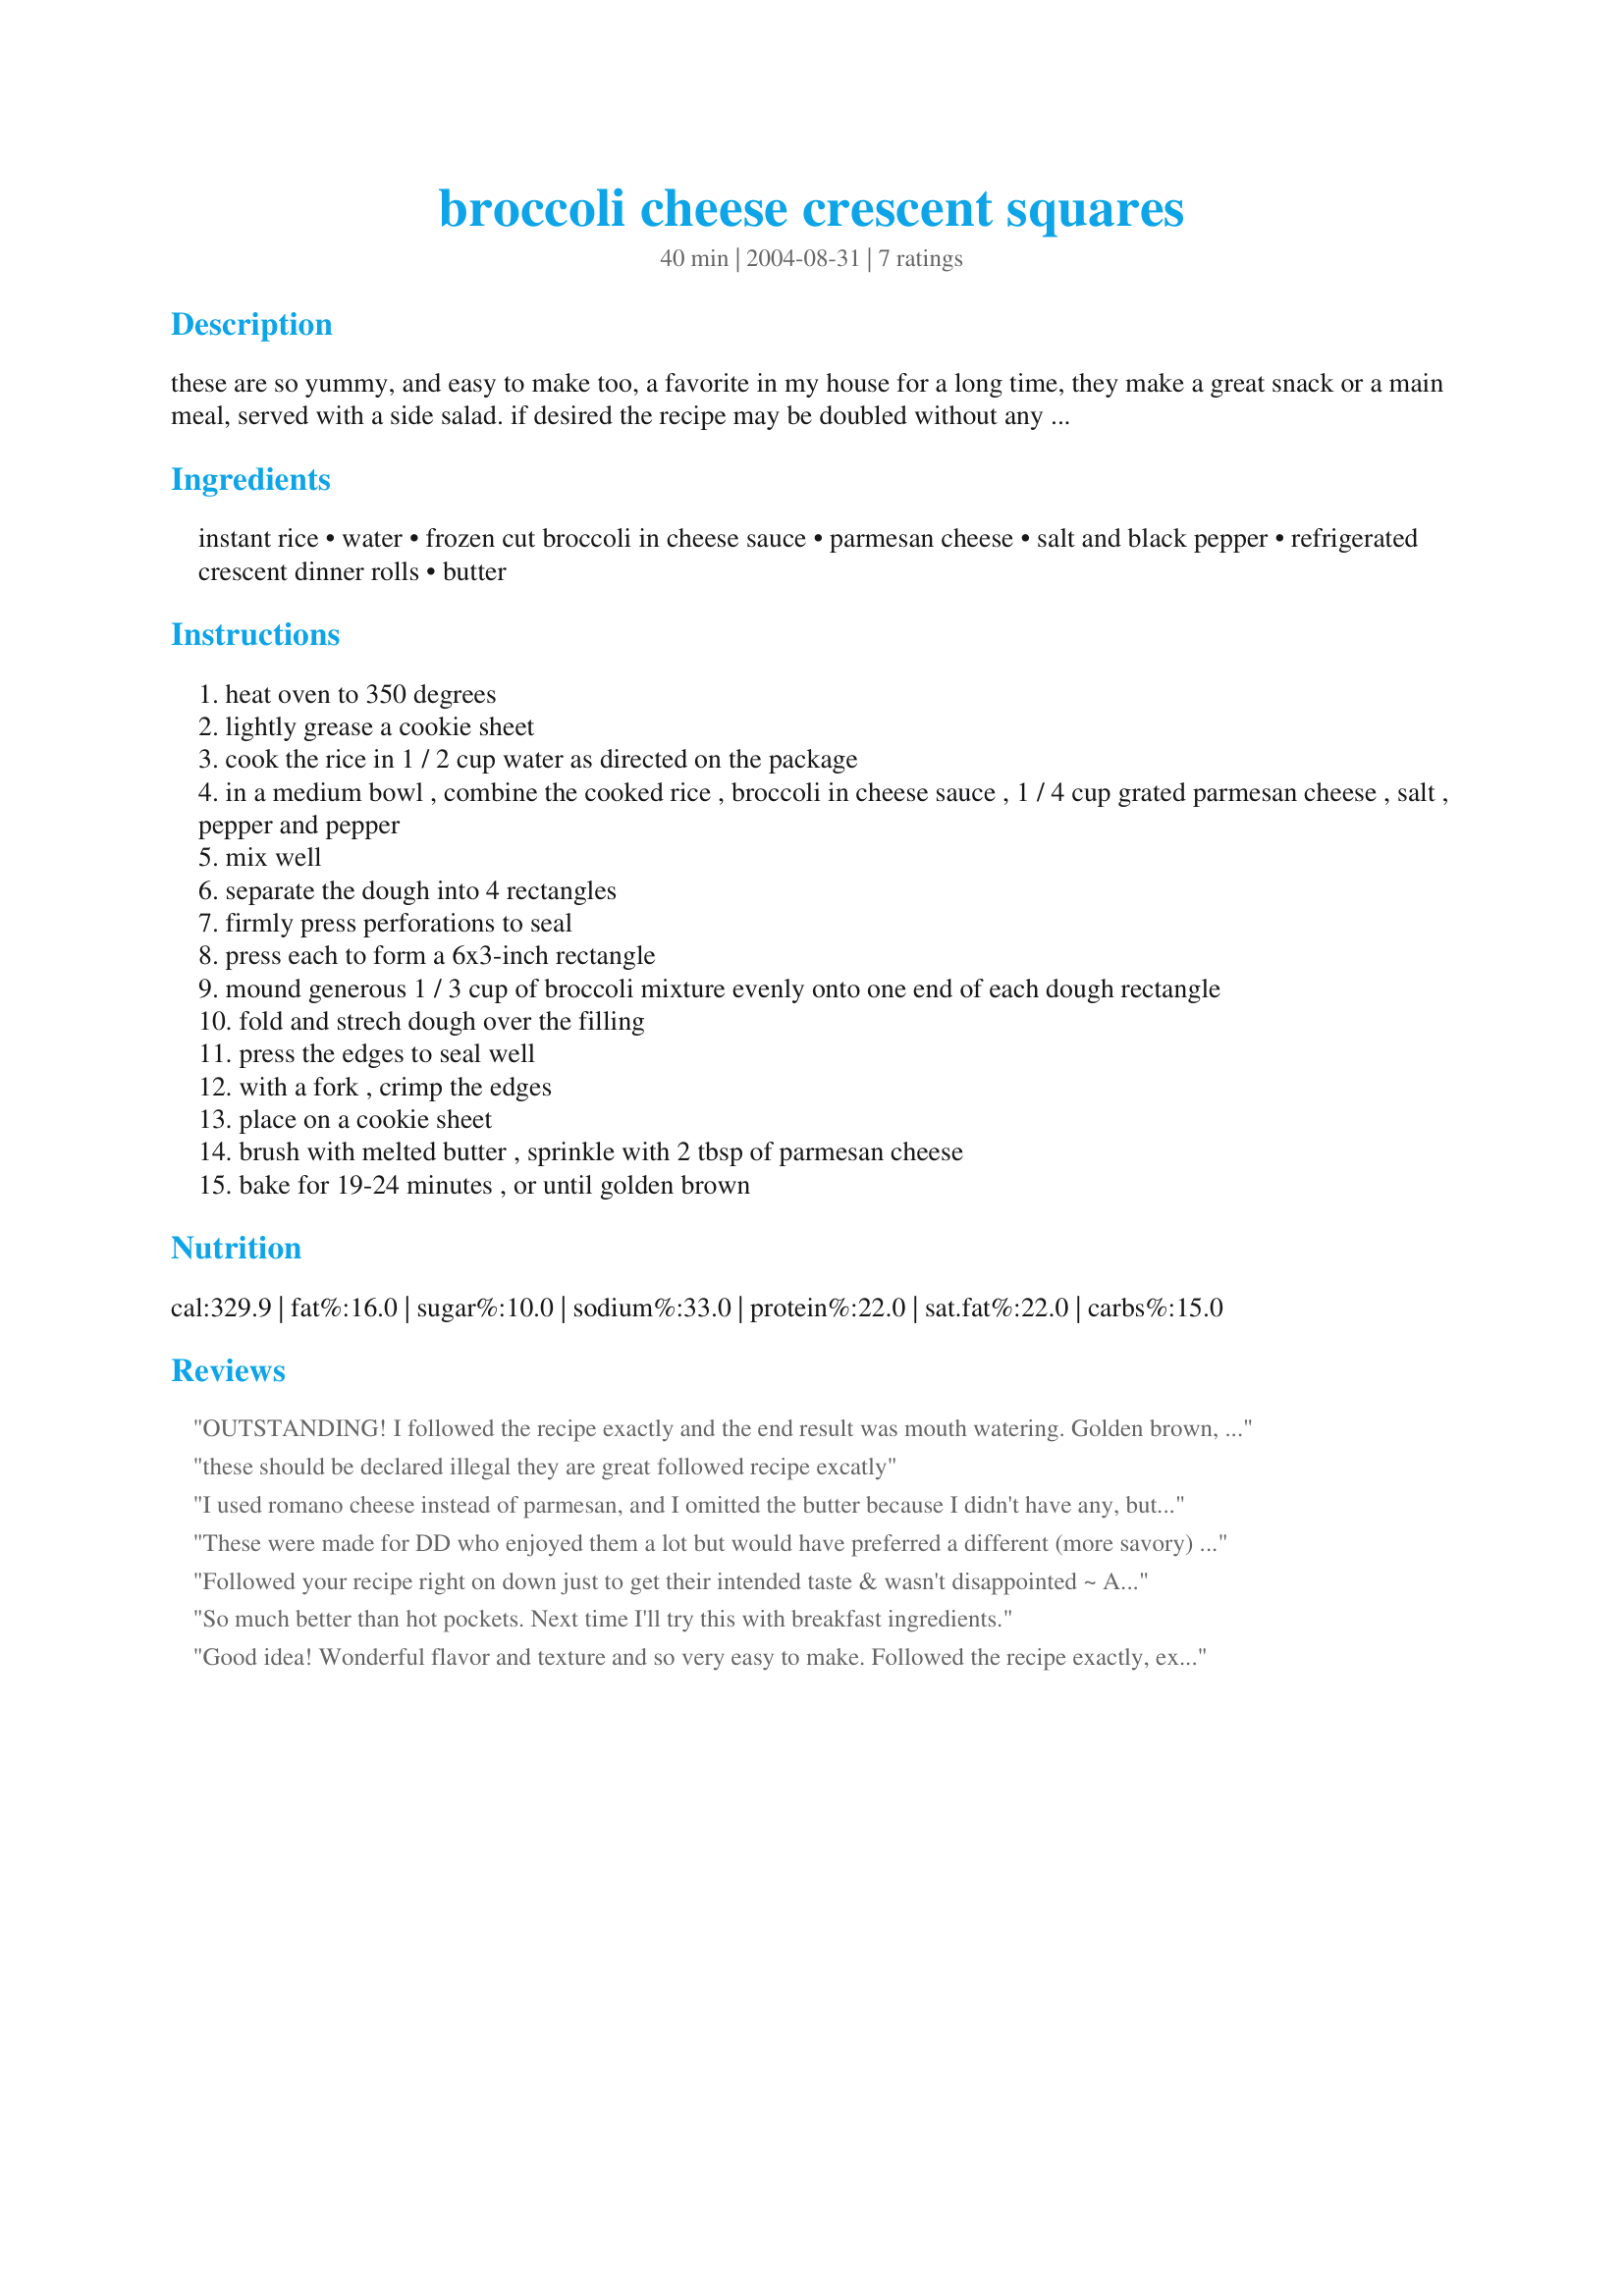
broccoli cheese crescent squares
Preparation time: 40 minutes

these are so yummy, and easy to make too, a favorite in my house for a long time, they make a great snack or a main meal, served with a side salad. if desired the recipe may be doubled without any problem, it's a good idea to prepare a double batch of these, cause they won't last long!

Ingredients:
instant rice, water, frozen cut broccoli in cheese sauce, parmesan cheese, salt and black pepper, refrigerated crescent dinner rolls, butter

Steps:
heat oven to 350 degrees
lightly grease a cookie sheet
cook the rice in 1 / 2 cup water as directed on the package
in a medium bowl , combine the cooked rice , broccoli in cheese sauce , 1 / 4 cup grated parmesan cheese , salt , pepper and pepper
mix well
separate the dough into 4 rectangles
firmly press perforations to seal
press each to form a 6x3-inch rectangle
mound generous 1 / 3 cup of broccoli mixture evenly onto one end of each dough rectangle
fold and strech dough over the filling
press the edges to seal well
with a fork , crimp the edges
place on a cookie sheet
brush with melted butter , sprinkle with 2 tbsp of parmesan cheese
bake for 19-24 minutes , or until golden brown

Reviews:
OUTSTANDING! I followed the recipe exactly and the end result was mouth watering. Golden brown, flaky crust and delicious filling. I will make this recipe again and again, and next time I will double it for sure. Thank you Kitten for another tasty keeper!
these should be declared illegal they are great followed recipe excatly
I used romano cheese instead of parmesan, and I omitted the butter because I didn't have any, but these came out fantastic! I didn't want one of those instant "hot-pockets" from the freezer isle, and when I made this thingie, I was so glad I didn't bother with them! These freeze well and when heated in a toaster oven, they still taste amazingly fresh! Excellent recipe, Kittencal.
These were made for DD who enjoyed them a lot but would have preferred a different (more savory) pastry. We used Pillsbury Crescent Rolls. Also, I used frozen broccoli which I mixed with cheese sauce. I'll definitely be making this again and experimenting with different pastries.
Followed your recipe right on down just to get their intended taste & wasn't disappointed ~ Absolutely great in every way, right down to the final morsel! Would be satisfying for any meal, & I plan to try them every which way! Thanks so much for posting this keeper! [Tagged, made & reviewed in Zaar Stars Tag Game]
So much better than hot pockets. Next time I'll try this with breakfast ingredients.
Good idea! Wonderful flavor and texture and so very easy to make. Followed the recipe exactly, except that I cooked the rice with a little butter (used 1/4 tsp each salt & pepper). Next time I'll probably use brown Minute Rice, just to be a little healthier. I'll definately be making these again and again. If these freeze and reheat well in the microwave, I may never buy hot pockets again. So much potential for variety too. I had some diced ham that I considered throwing in, but then forgot about until I was sealing the last square. And I think there's a lot of frozen vegetables in different sauces now that could be tried in place of the broccoli. Thanks so much for posting this! It's a real keeper.
